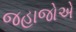
જહાજોએ